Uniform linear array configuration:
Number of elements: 64
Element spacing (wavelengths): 0.25
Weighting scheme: hamming
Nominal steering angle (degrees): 15
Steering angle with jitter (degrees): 16.73
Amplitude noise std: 0.05
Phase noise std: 0.05

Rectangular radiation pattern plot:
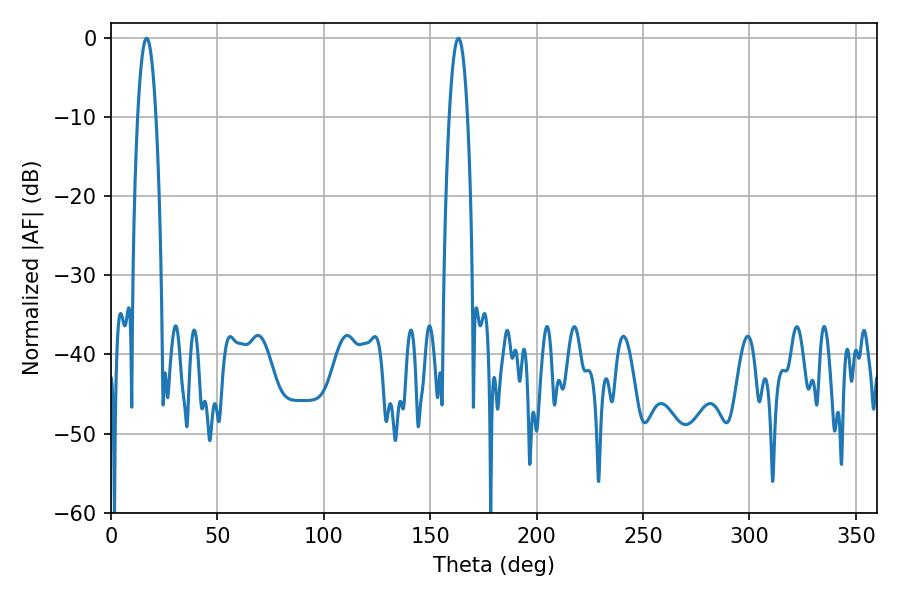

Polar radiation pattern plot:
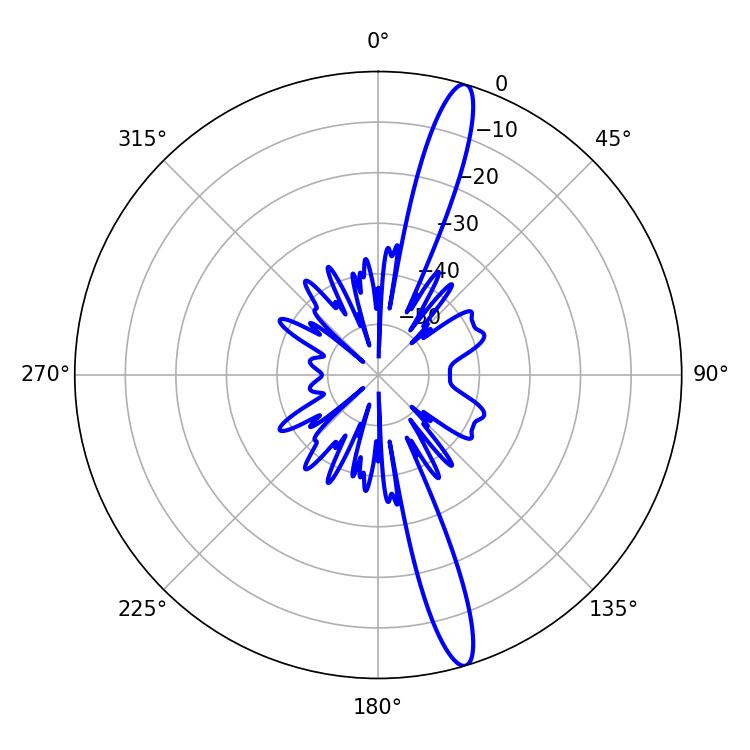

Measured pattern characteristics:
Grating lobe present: FALSE
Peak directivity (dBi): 15.873
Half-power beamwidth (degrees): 4.68
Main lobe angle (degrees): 16.74